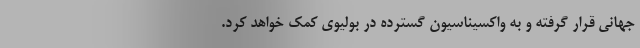
جهانی قرار گرفته و به واکسیناسیون گسترده در بولیوی کمک خواهد کرد.